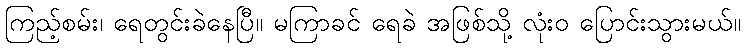
ကြည့်စမ်း၊ ရေတွင်းခဲနေပြီ။ မကြာခင် ရေခဲ အဖြစ်သို့ လုံးဝ ပြောင်းသွားမယ်။